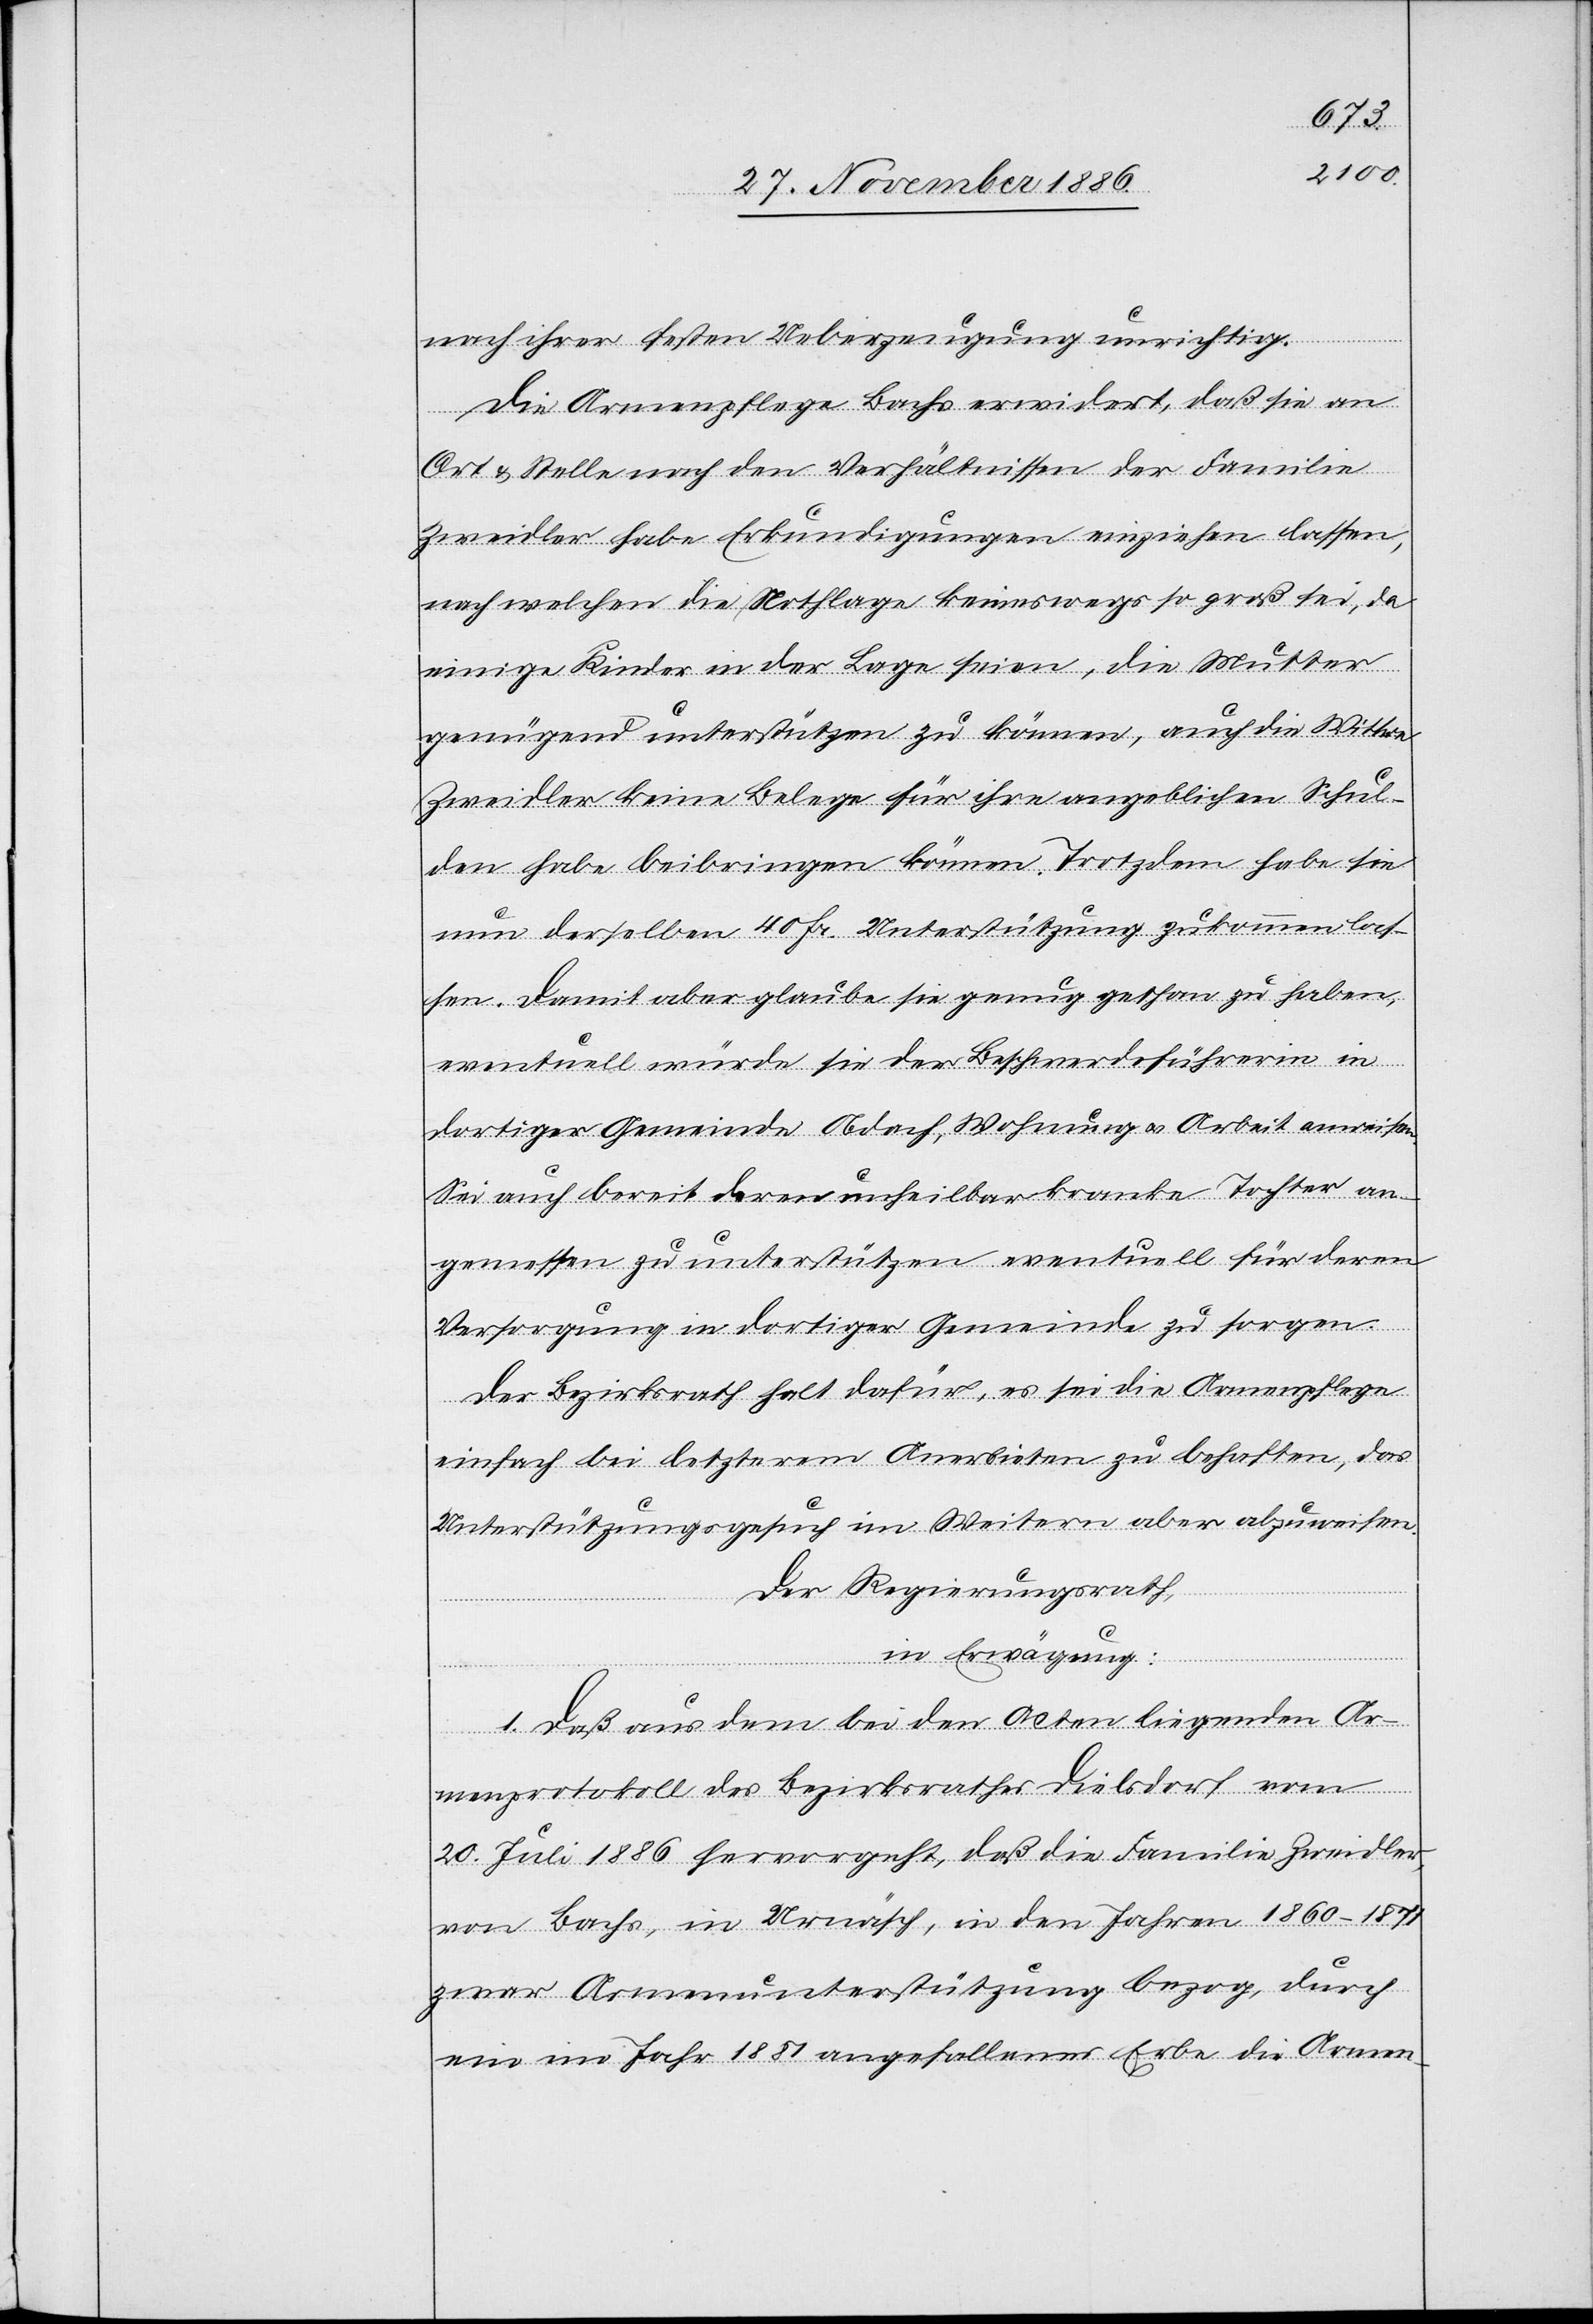
nach ihrer festen Ueberzeugung unrichtig.
Die Armenpflege Bachs erwidert, daß sie an
Ort & Stelle nach den Verhältnissen der Familie
Zweidler habe Erkundigungen einziehen lassen,
nach welchen die Nothlage keineswegs so groß sei, da
einige Kinder in der Lage seien, die Mutter
genügend unterstützen zu können, auch die Wittwe
Zweidler keine Belege für ihre angeblichen Schul¬
den habe beibringen können. Trotzdem habe sie
nun derselben 40 Fr. Unterstützung zukommen las¬
sen. Damit aber glaube sie genug gethan zu haben,
eventuell würde sie der Beschwerdeführerin in
dortiger Gemeinde Obdach, Wohnung & Arbeit anweisen.
Sei auch bereit deren unheilbar kranke Tochter an¬
gemessen zu unterstützen, eventuell für deren
Versorgung in dortiger Gemeinde zu sorgen.
Der Bezirksrath halt [sic!] dafür, es sei die Armenpflege
einfach bei letzterem Anerbieten zu behaften, das
Unterstützungsgesuch im Weitern aber abzuweisen.
Der Regierungsrath,
in Erwägung:
1. daß aus dem bei den Acten liegenden Ar¬
menprotokoll des Bezirksrathes Dielsdorf vom
20. Juli 1886 hervorgeht, daß die Familie Zweidler,
von Bachs, in Urnäsch, in den Jahren 1860–1871
zwar Armenunterstützung bezog, durch
ein im Jahr 1881 angefallenes Erbe die Armen-